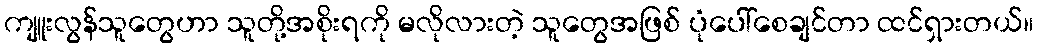
ကျူးလွန်သူတွေဟာ သူတို့အစိုးရကို မလိုလားတဲ့ သူတွေအဖြစ် ပုံပေါ်စေချင်တာ ထင်ရှားတယ်။